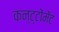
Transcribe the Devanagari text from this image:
कन्ट्टोंमेंट